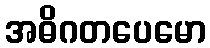
အဓိဂတပေမော